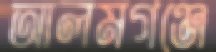
আলমগঞ্জে